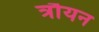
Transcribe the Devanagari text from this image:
त्रौयन